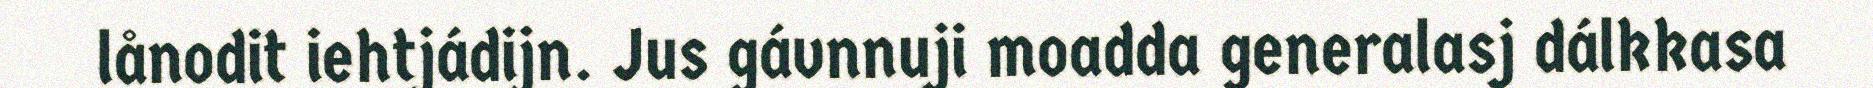
lånodit iehtjádijn. Jus gávnnuji moadda generalasj dálkkasa